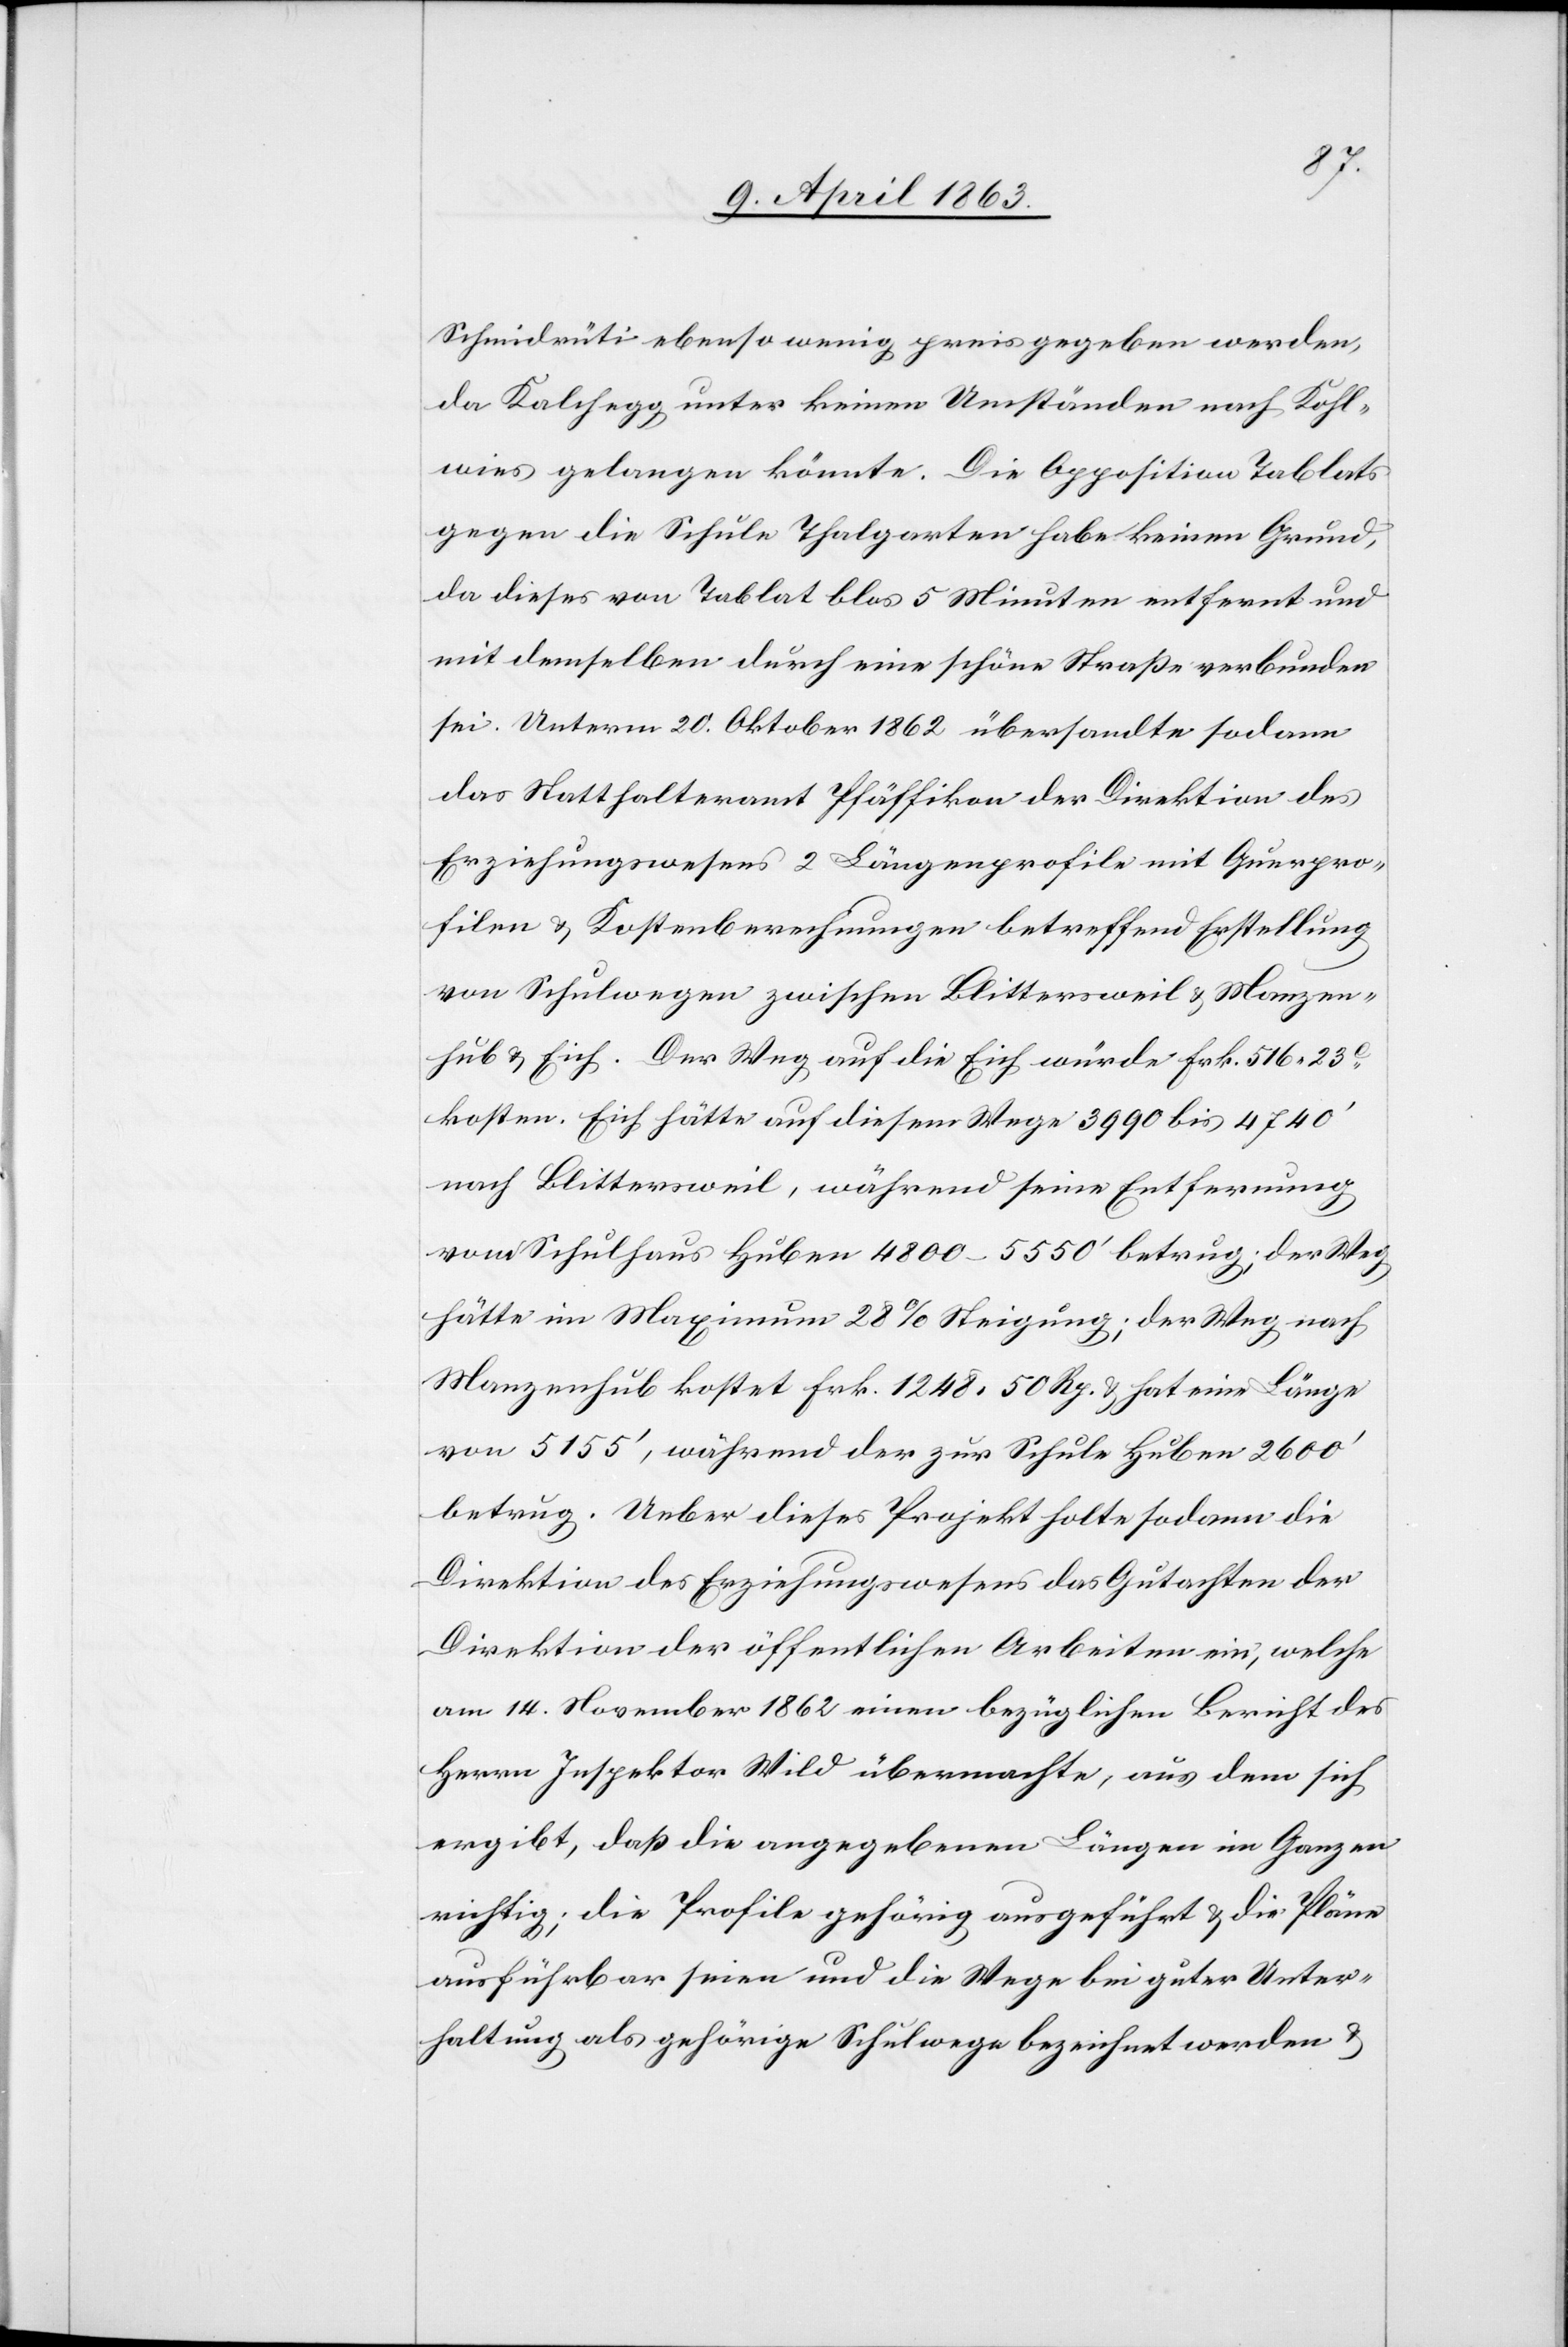
Schmidrüti ebenso wenig preisgegeben werden,
da Kalchegg unter keinen Umständen nach Kohl¬
wies gelangen könnte. Die Opposition Tablats
gegen die Schule Thalgarten habe keinen Grund,
da dieses von Tablat blos 5 Minuten entfernt und
mit demselben durch eine schöne Straße verbunden
sei. Unterm 20. Oktober 1862 übersandte sodann
das Statthalteramt Pfäffikon der Direktion des
Erziehungswesens 2 Längenprofile mit Querpro¬
filen & Kostenberechnungen betreffend Erstellung
von Schulwegen zwischen Blittersweil & Manzen¬
hub & Eich. Der Weg auf die Eich würde Frk. 516. 23c
kosten. Eich hätte auf diesem Wege 3990 bis 4740'
nach Blittersweil, während seine Entfernung
vom Schulhaus Huben 4800–5550' betrug; der Weg
hätte im Maximum 28% Steigung; der Weg nach
Manzenhub kostet Frk. 1248. 50 Rp. & hat eine Länge
von 5155', während der zur Schule Huben 2600'
betrug. Ueber dieses Projekt holte sodann die
Direktion des Erziehungswesens das Gutachten der
Direktion der öffentlichen Arbeiten ein, welche
am 14. November 1862 einen bezüglichen Bericht des
Herrn Inspektor Wild übermachte, aus dem sich
ergibt, daß die angegebenen Längen im Ganzen
richtig; die Profile gehörig ausgeführt & die Pläne
ausführbar seien und die Wege bei guter Unter¬
haltung als gehörige Schulwege bezeichnet werden &